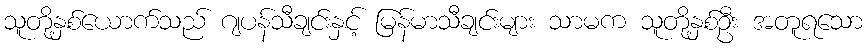
သူတို့နှစ်ယောက်သည် ဂျပန်သီချင်းနှင့် မြန်မာသီချင်းများ သာမက သူတို့နှစ်ဦး အတူရသော